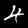
Digit: 4